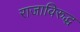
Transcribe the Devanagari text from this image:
राजाविरुद्ध